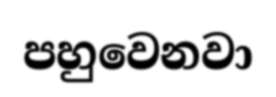
පහුවෙනවා